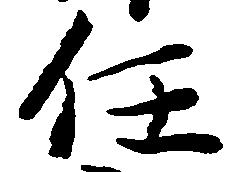
任